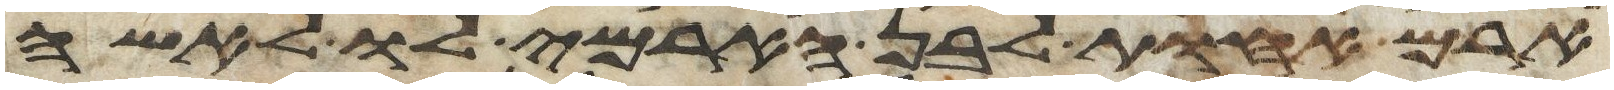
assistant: ארם אחות לבן הארמי לו לאשה